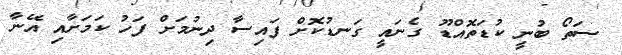
ސަތޯ ބުނީ ކުޑަތޮއްޑޫ ގެނައީ ގަނޑުކޮށް ފައިސާ ދިނުމަށް ފަހު ކަމަށާއި އޭނާ